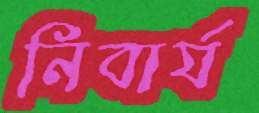
নিবার্য